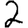
Digit: 2